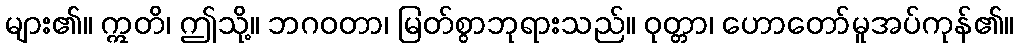
များ၏။ ဣတိ၊ ဤသို့။ ဘဂဝတာ၊ မြတ်စွာဘုရားသည်။ ဝုတ္တာ၊ ဟောတော်မူအပ်ကုန်၏။